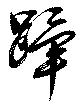
蹕